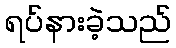
ရပ်နားခဲ့သည်